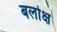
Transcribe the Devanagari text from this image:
बलोक्ष